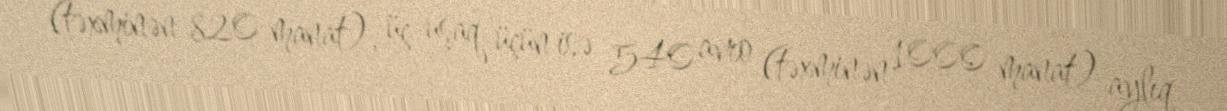
(təxminən 820 manat), üç uşaq üçün isə 540 avro (təxminən 1000 manat) aylıq